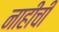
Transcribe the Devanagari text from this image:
नाहीची